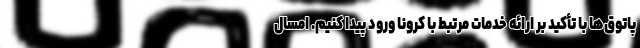
پاتوق‌‌ها با تأکید بر ارائه خدمات مرتبط با کرونا ورود پیدا کنیم. امسال